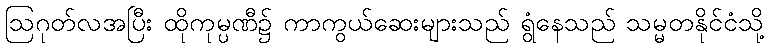
ဩဂုတ်လအပြီး ထိုကုမ္ပဏီ၌ ကာကွယ်ဆေးများသည် ရွံနေသည် သမ္မတနိုင်ငံသို့